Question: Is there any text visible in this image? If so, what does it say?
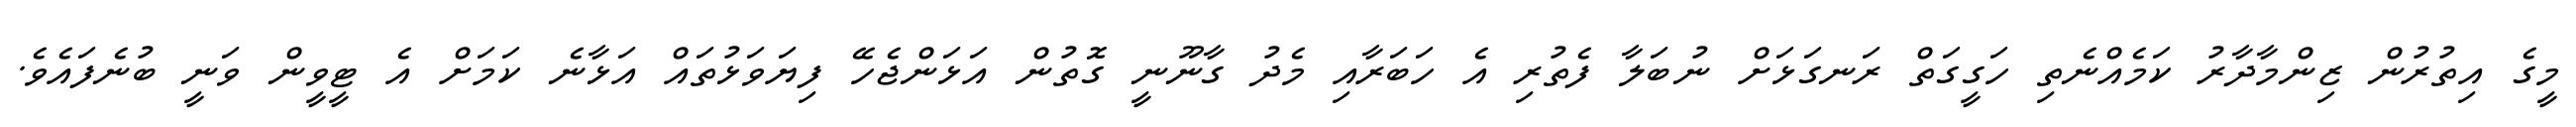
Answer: މީގެ އިތުރުން ޒިންމާދާރު ކަމެއްނެތި ހަގީގަތް ރަނގަޅަށް ނުބަލާ ފެތުރި އެ ހަބަރާއި މެދު ގާނޫނީ ގޮތުން އަޅަންޖެހޭ ފިޔަވަޅުތައް އަޅާނެ ކަމަށް އެ ޓީވީން ވަނީ ބުނެފައެވެ.